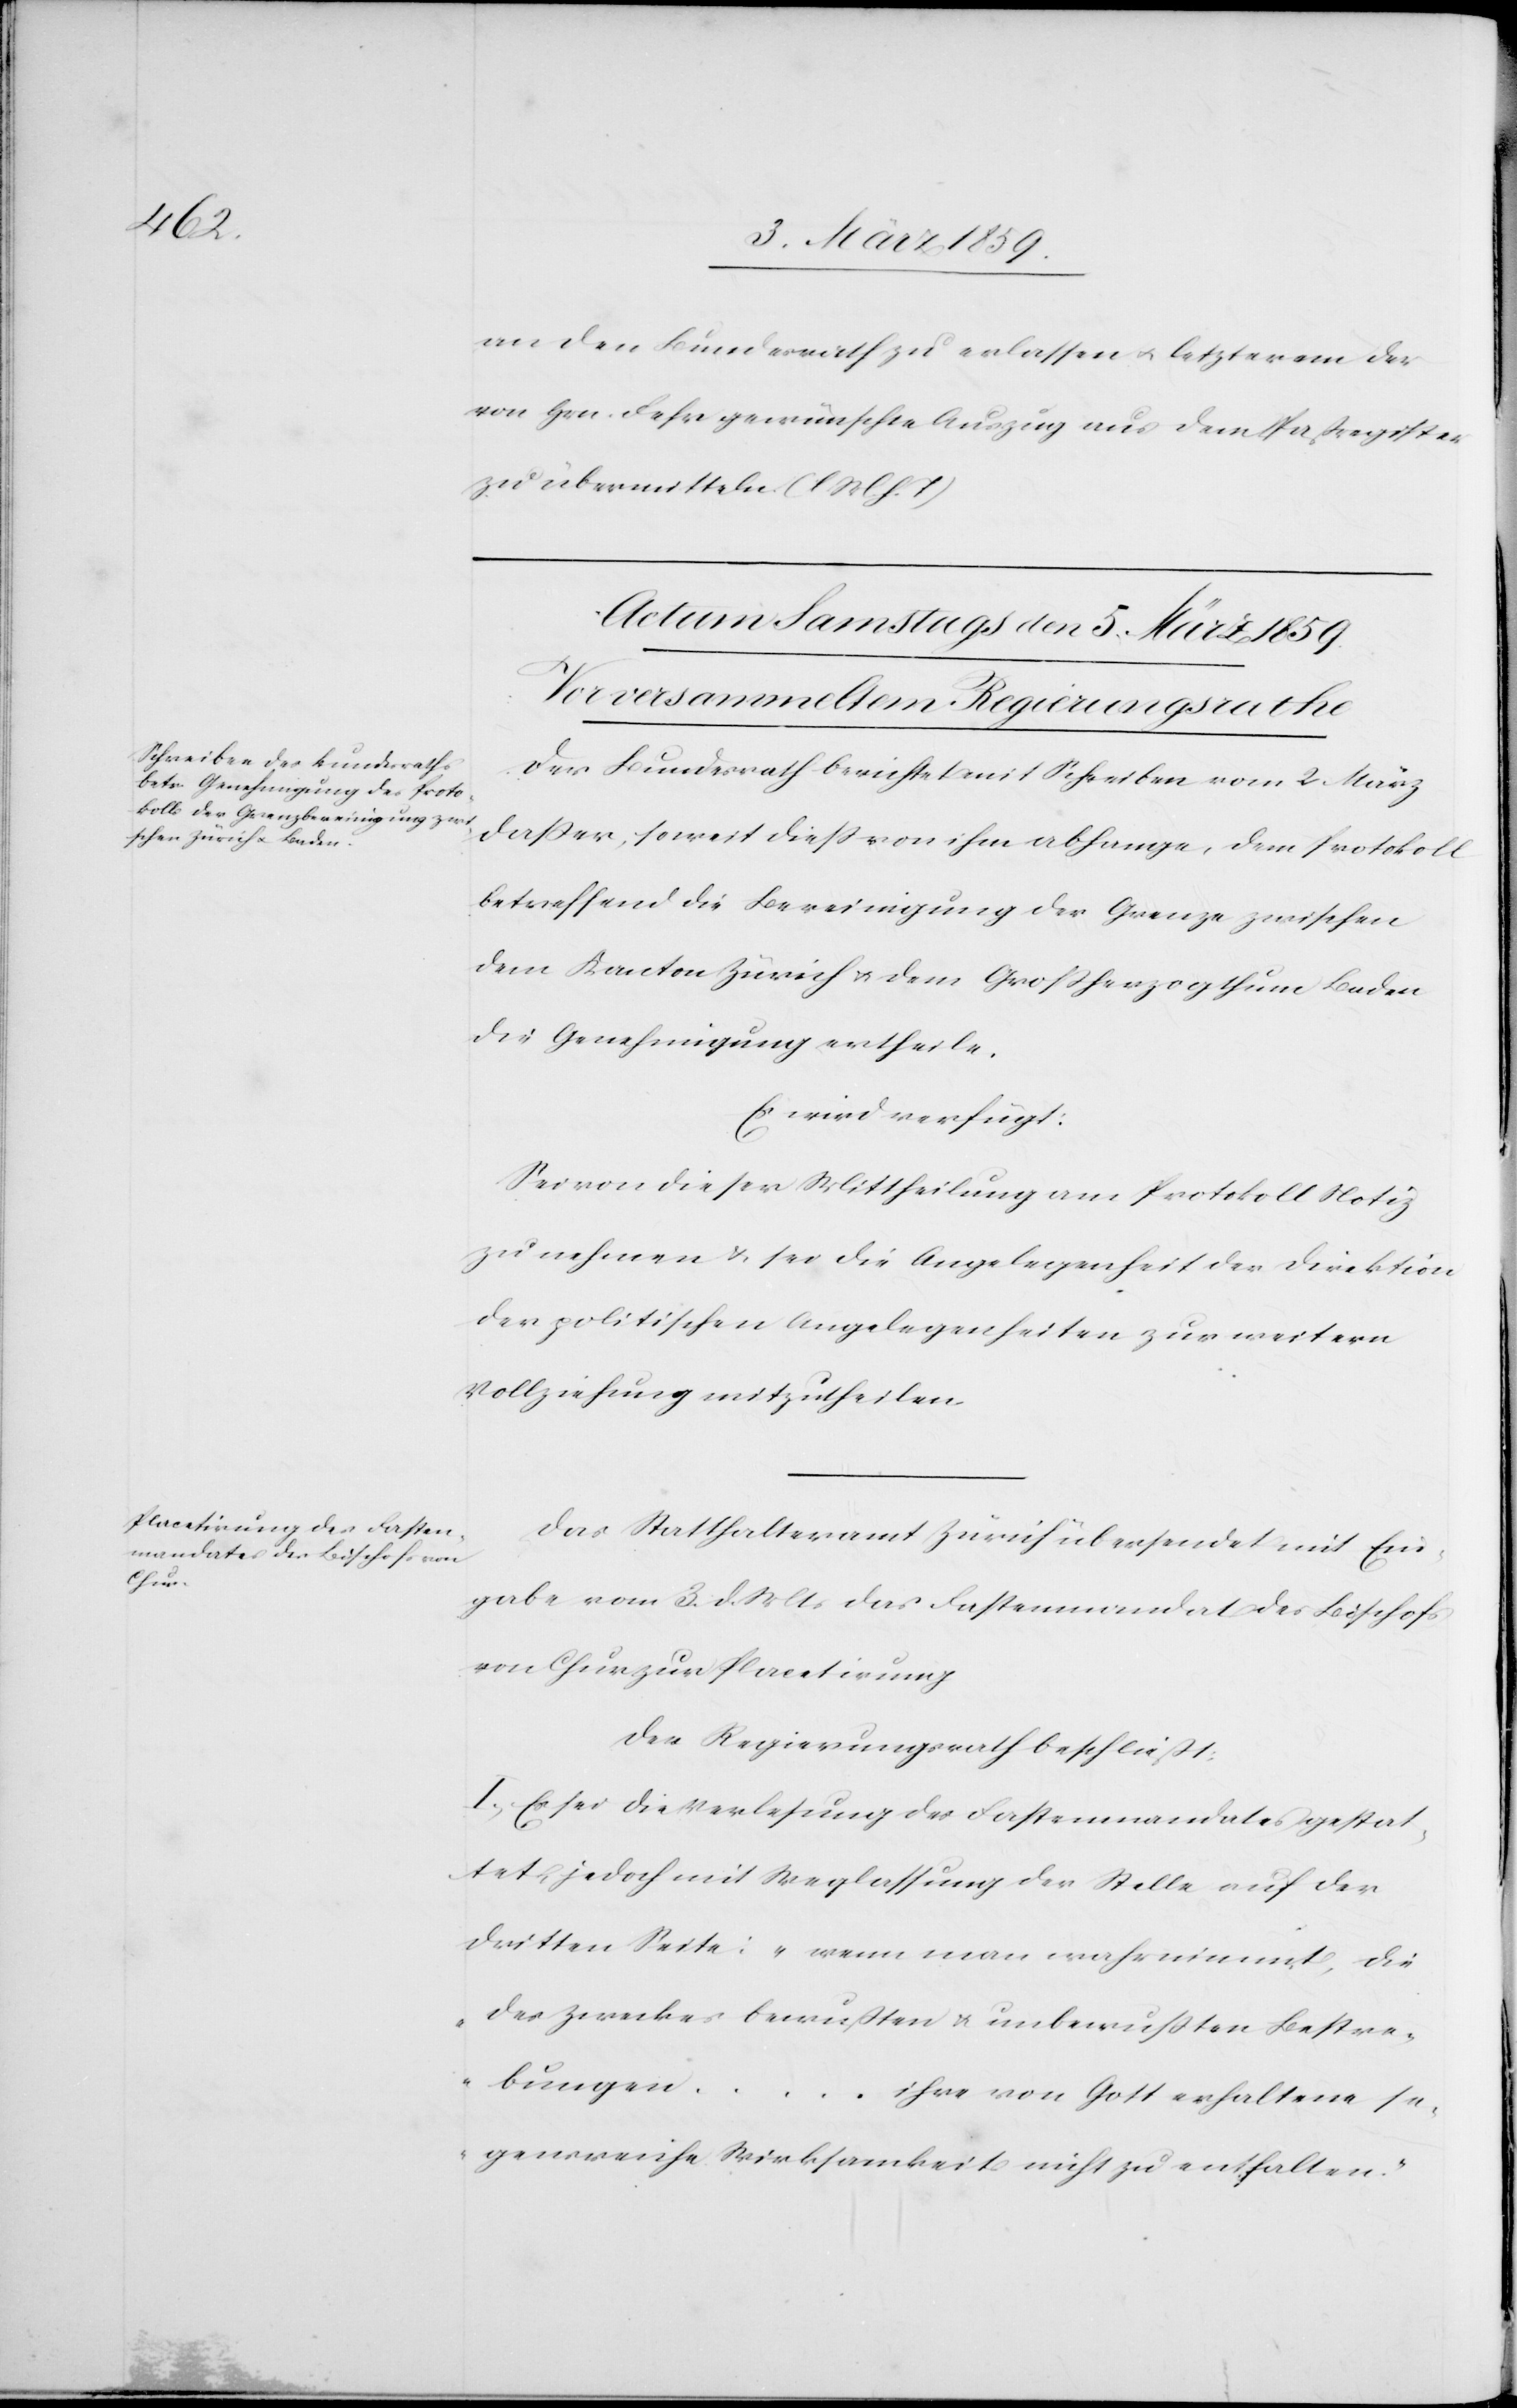
an den Bundesrath zu erlassen u. letzterem der
von Hrn. Fehr gewünschte Auszug aus dem Paßregister
zu übermitteln. (l. M. h. T)
Der Bundesrath berichtet mit Schreiben vom 2 März
daß er, soweit dieß von ihm abhange, dem Protokoll
betreffend die Bereinigung der Grenze zwischen
dem Kanton Zürich u. dem Großherzogthum Baden
die Genehmigung ertheile.
Es wird verfügt:
Sei von dieser Mittheilung am Protokoll Notiz
zu nehmen u. sei die Angelegenheit der Direktion
der politischen Angelegenheiten zur weitern
Vollziehung mitzutheilen.
Das Statthalteramt Zürich übersendet mit Ein¬
gabe vom 3. d. Mts das Fastenmandat des Bischofs
von Chur zur Placetirung[.]
Der Regierungsrath beschließt:
I. Es sei die Verlesung des Fastenmandates gestat¬
tet, jedoch mit Weglassung der Stelle auf der
dritten Seite: „wenn man wahrnimmt, die
des Zweckes bewußten & unbewußten Bestre¬
bungen
[…] ihre von Gott erhaltene se¬
gensreiche Wirksamkeit nicht zu enthalten.“